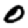
Digit: 0